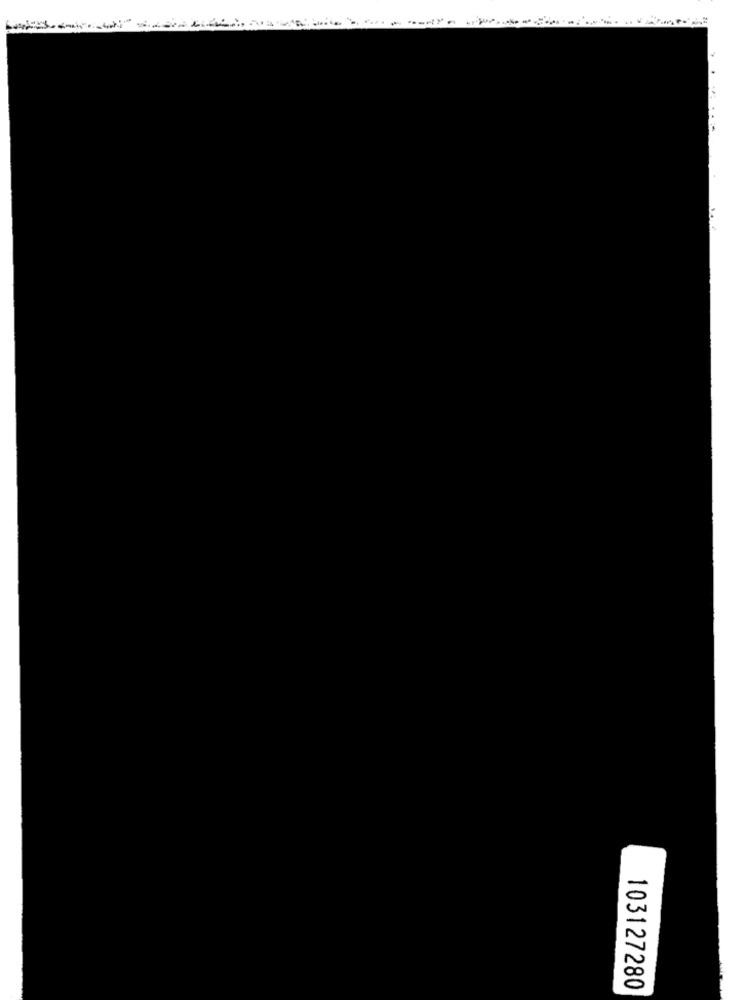
......
...
103127280